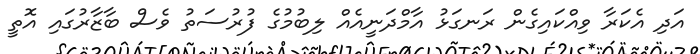
އަދި އެކަރާ ވިއްކައިގެން ރަނގަޅު އާމްދަނީއެއް ލިބުމުގެ ފުރުސަތު ވެސް ބާޒާރުގައި އޮތީ